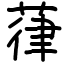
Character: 葎